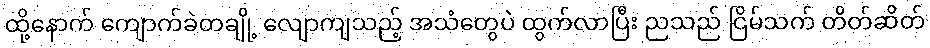
ထို့နောက် ကျောက်ခဲတချို့ လျောကျသည့် အသံတွေပဲ ထွက်လာပြီး ညသည် ငြိမ်သက် တိတ်ဆိတ်